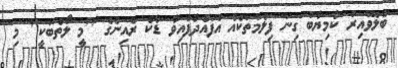
ބެލެވޭއިރު ކާމިޔާބު ގިނަ ފިލްމުތަކެއް އުފައްދާފައިވާ ޑާކް ރެއިންގެ "މީ ލޯތްބަކީ" މި